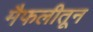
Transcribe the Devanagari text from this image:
मैफलीतून